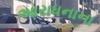
આરાધનાના